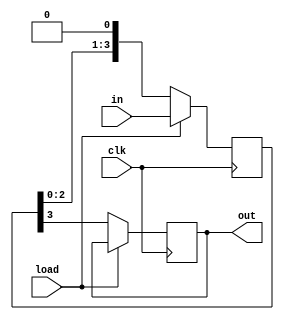
module piso(in,load,clk,out);
input[3:0]in;
input load,clk;
output reg out;
reg[3:0]q;
always@(posedge clk)
begin
if(load)
q<=in;
else
begin
out<=q[3];
q<={q[2:0],1'b0};
end
end
endmodule